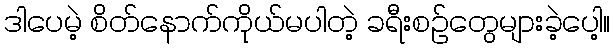
ဒါပေမဲ့ စိတ်နောက်ကိုယ်မပါတဲ့ ခရီးစဉ်တွေများခဲ့ပေါ့။